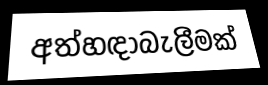
අත්හඳාබැලීමක්